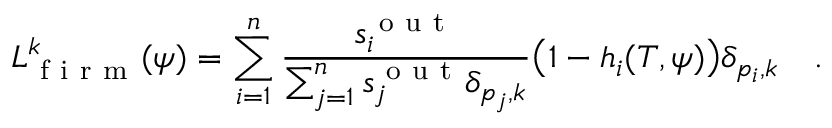
{ L } _ { \mathrm { ~ f ~ i ~ r ~ m ~ } } ^ { k } ( \psi ) = \sum _ { i = 1 } ^ { n } \frac { s _ { i } ^ { \mathrm { ~ o ~ u ~ t ~ } } } { \sum _ { j = 1 } ^ { n } s _ { j } ^ { \mathrm { ~ o ~ u ~ t ~ } } \delta _ { p _ { j } , k } } \big ( 1 - h _ { i } ( T , \psi ) \big ) \delta _ { p _ { i } , k } \quad .